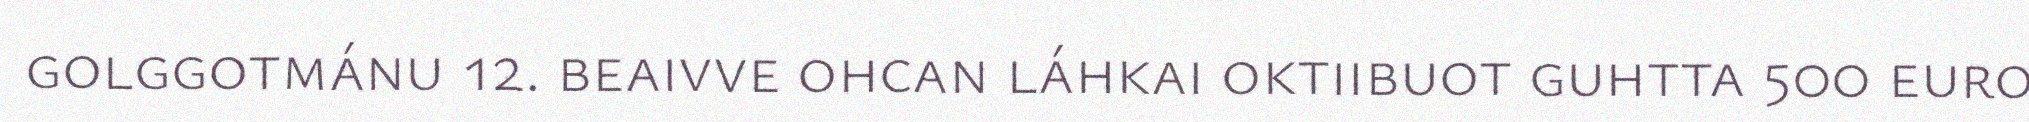
golggotmánu 12. beaivve ohcan láhkai oktiibuot guhtta 500 euro